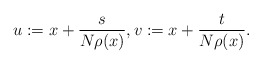
\begin{align*}u:=x+\frac{s}{N\rho (x)}, v:=x+\frac{t}{N\rho(x)}.\end{align*}